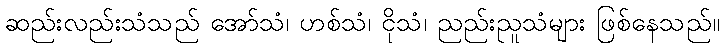
ဆည်းလည်းသံသည် အော်သံ၊ ဟစ်သံ၊ ငိုသံ၊ ညည်းညူသံများ ဖြစ်နေသည်။